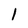
Character: 1